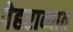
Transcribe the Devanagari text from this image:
पेहराव्यात